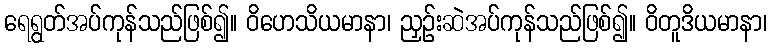
ရေရွတ်အပ်ကုန်သည်ဖြစ်၍။ ဝိဟေသိယမာနာ၊ ညှဉ်းဆဲအပ်ကုန်သည်ဖြစ်၍။ ဝိတူဒိယမာနာ၊